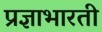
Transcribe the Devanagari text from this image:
प्रज्ञाभारती